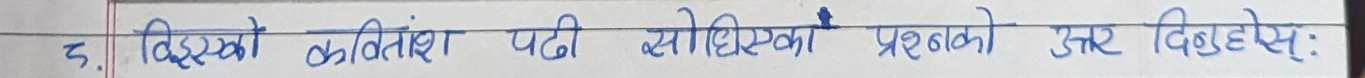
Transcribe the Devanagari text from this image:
५. विहङ्गको कवितांश पढी सोधिएका प्रश्नको उत्तर दिनुहोस्: